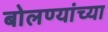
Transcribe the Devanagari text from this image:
बोलण्यांच्या